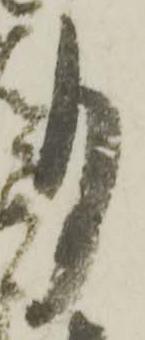
月